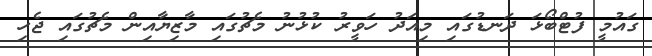
ގައުމީ ފުޓްބޯޅަ ދަނޑުގައި މިއަދު ހަވީރު ކުޅުނު މެޗުގައި މާޒިޔާއިން މެޗުގައި ޖެހި